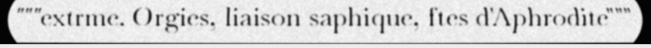
"""extrme. Orgies, liaison saphique, ftes d'Aphrodite"""